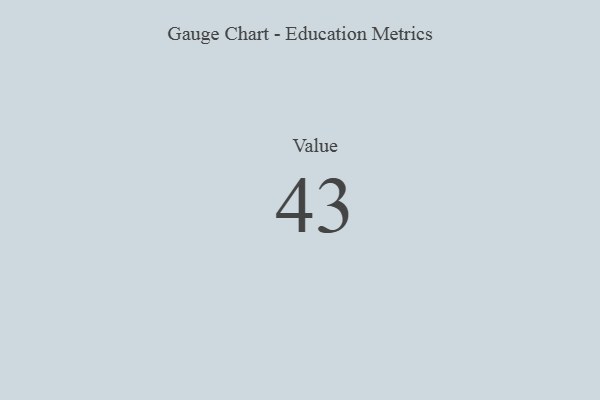
{"axis": {"x": "Metric", "y": "Value"}, "legend": [""], "data": [{"x": "Value", "y": 43, "type": ""}]}